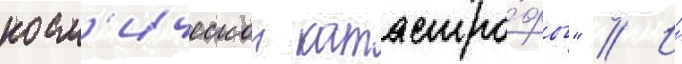
косм'ическои катастро́фы" // И́